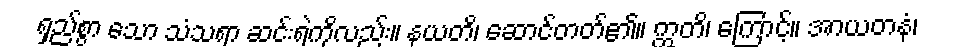
ရှည်စွာ သော သံသရာ ဆင်းရဲကိုလည်း။ နယတိ၊ ဆောင်တတ်၏။ ဣတိ၊ ကြောင့်။ အာယတနံ၊